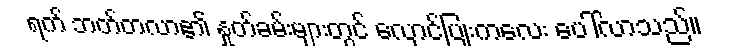
ရက် ဘတ်တလာ၏ နှုတ်ခမ်းများတွင် လှောင်ပြုံးကလေး ပေါ်လာသည်။